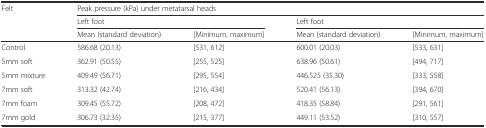
<table><thead><tr><td><b>Felt</b></td><td colspan="4"><b>Peak pressure (kPa) under metatarsal heads</b></td></tr><tr><td></td><td colspan="2"><b>Left foot</b></td><td colspan="2"><b>Left foot</b></td></tr><tr><td></td><td><b>Mean (standard deviation)</b></td><td><b>[Minimum, maximum]</b></td><td><b>Mean (standard deviation)</b></td><td><b>[Minimum, maximum]</b></td></tr></thead><tbody><tr><td>Control</td><td>586.68 (20.13) </td><td>[531, 612]</td><td>600.01 (20.03) </td><td>[533, 631]</td></tr><tr><td>5mm soft</td><td>362.91 (50.55) </td><td>[255, 525]</td><td>638.96 (50.61) </td><td>[494, 717]</td></tr><tr><td>5mm mixture</td><td>409.49 (56.71) </td><td>[295, 554]</td><td>446.525 (35.30) </td><td>[333, 558]</td></tr><tr><td>7mm soft</td><td>313.32 (42.74) </td><td>[216, 434]</td><td>520.41 (56.13) </td><td>[394, 670]</td></tr><tr><td>7mm foam</td><td>309.45 (55.72) </td><td>[208, 472]</td><td>418.35 (58.84) </td><td>[291, 561]</td></tr><tr><td>7mm gold</td><td>306.73 (32.35)</td><td>[215, 377]</td><td>449.11 (53.52) </td><td>[310, 557]</td></tr></tbody></table>